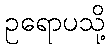
ဥရောပသို့